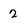
Character: 2